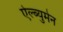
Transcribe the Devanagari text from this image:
ऐल्ब्युमेन